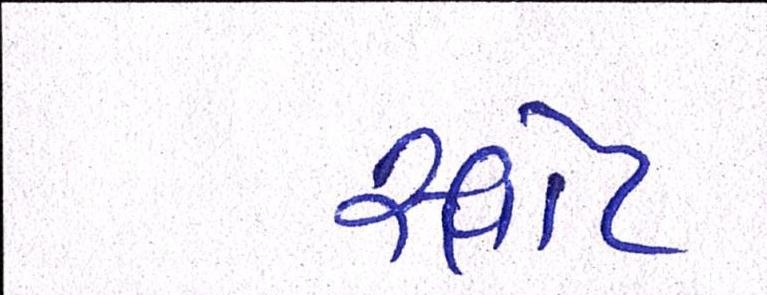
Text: સ્લોટ